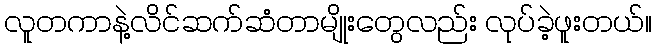
လူတကာနဲ့လိင်ဆက်ဆံတာမျိုးတွေလည်း လုပ်ခဲ့ဖူးတယ်။